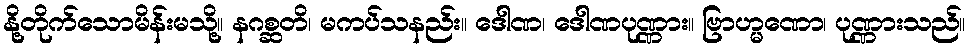
နို့တိုက်သောမိန်းမသို့။ နဂစ္ဆတိ၊ မကပ်သနည်း။ ဒေါဏ၊ ဒေါဏပုဏ္ဏား။ ဗြာဟ္မဏော၊ ပုဏ္ဏားသည်။